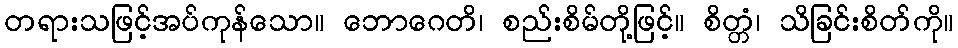
တရားသဖြင့်အပ်ကုန်သော။ ဘောဂေတိ၊ စည်းစိမ်တို့ဖြင့်။ စိတ္တံ၊ သိခြင်းစိတ်ကို။